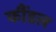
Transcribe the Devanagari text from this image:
कौंडल